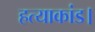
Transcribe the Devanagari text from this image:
हत्याकांड।